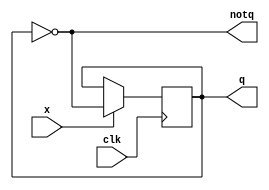
`timescale 1ns / 1ps
//////////////////////////////////////////////////////////////////////////////////
//
// HUST Digital Logic Experiment 3: T tigger
//
// Pan Yue
//  
//////////////////////////////////////////////////////////////////////////////////

module t_trigger(clk, x, q, notq);
  input clk, x;
  output reg q;
  output notq;
initial
begin
  q = 0;
end
  assign notq = ~q;
always @(negedge clk)
begin
  if (x == 1)
  	q <= ~q;
end
endmodule